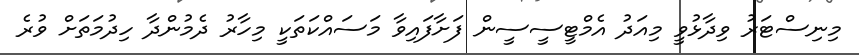
މިނިސްޓަރު ވިދާޅުވީ މިއަދު އެމްޓީސީސީން ފަށާފައިވާ މަސައްކަތަކީ މިހާރު ދެމުންދާ ހިދުމަތަށް ވުރެ